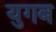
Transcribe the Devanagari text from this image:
युगब